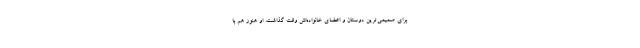
برای صمیمی‌ترین دوستان و اعضای خانواده‌اش وقت گذاشت. او هنوز هم با